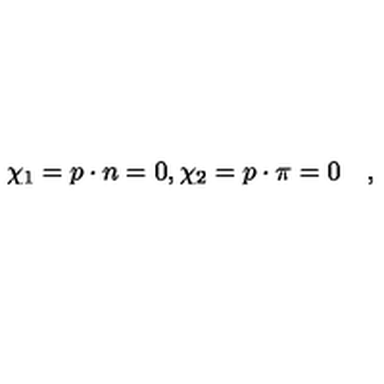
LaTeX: \chi _ { 1 } = p \cdot n = 0 , \chi _ { 2 } = p \cdot \pi = 0 \quad ,